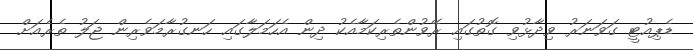
ޑެޕިއުޓީ ގަވަނަރު ވިދާޅުވި ގޮތުގައި ރޭވުންތެރިކަމާއެކު ދިން އެހަމަލާގައި ހަނގުރާމަވެރިން ޖަލު ތެރެއަށް